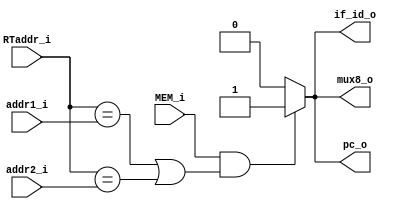
module HD 
(
	addr1_i,
	addr2_i,
	RTaddr_i,
	MEM_i,
	if_id_o,
	pc_o,
	mux8_o
);

input	[4:0]	addr1_i,addr2_i,RTaddr_i;
input			MEM_i;
output			if_id_o,pc_o,mux8_o;
reg 			r;

assign if_id_o=r;
assign pc_o=r;
assign mux8_o=r;

initial begin
	r=0;
end

always@(addr1_i or addr2_i or RTaddr_i or MEM_i)begin
	if(MEM_i &&((RTaddr_i==addr1_i) || (RTaddr_i==addr2_i)))begin
		r <= 1;
	end
	else begin
		r <= 0;
	end
end

endmodule